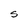
Character: S